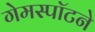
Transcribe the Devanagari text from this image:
गेमस्पॉटने